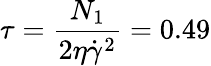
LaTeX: \tau=\frac{N_{1}}{2\eta\dot{\gamma}^{2}}=0.49